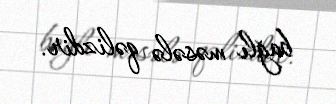
bağlı məsələ qəlizdir.